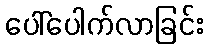
ပေါ်ပေါက်လာခြင်း